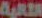
الثانية